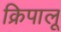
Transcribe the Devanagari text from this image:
क्रिपालू